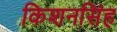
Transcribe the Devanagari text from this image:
किशनसिंह